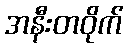
အနီးတဝိုက်